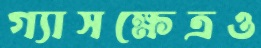
গ্যাসক্ষেত্রও